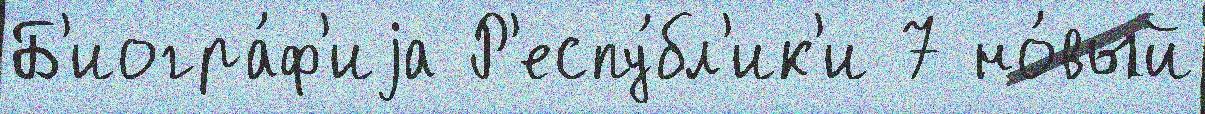
Б'иогра́ф'иjа Р'еспу́бл'ик'и 7 но́вый